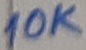
Text: 10K